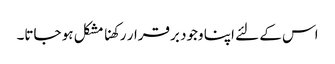
اس کے لئے اپنا وجود برقرار رکھنا مشکل ہو جاتا۔